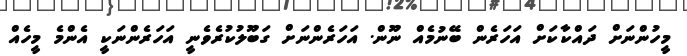
މީހުންނަށް ދައްކާކަށް އަހަރެން ބޭނުމެއް ނޫން. އަހަރެންނަށް ގަބޫލުކުރެވެނީ އަހަރެންނަކީ އެންމެ މީހެއް